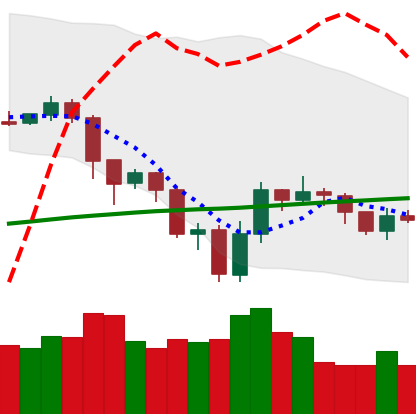
Ticker: LTC-USD
Chart end date: 2019-07-25
Forward return: -3.081%
Label: down_3_5